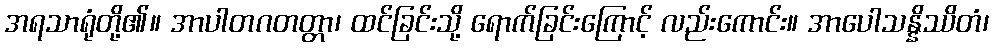
အရသာရုံတို့၏။ အာပါတဂတတ္တာ၊ ထင်ခြင်းသို့ ရောက်ခြင်းကြောင့် လည်းကောင်း။ အာပေါသန္နိဿိတံ၊